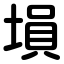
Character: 塤